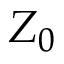
Z _ { 0 }